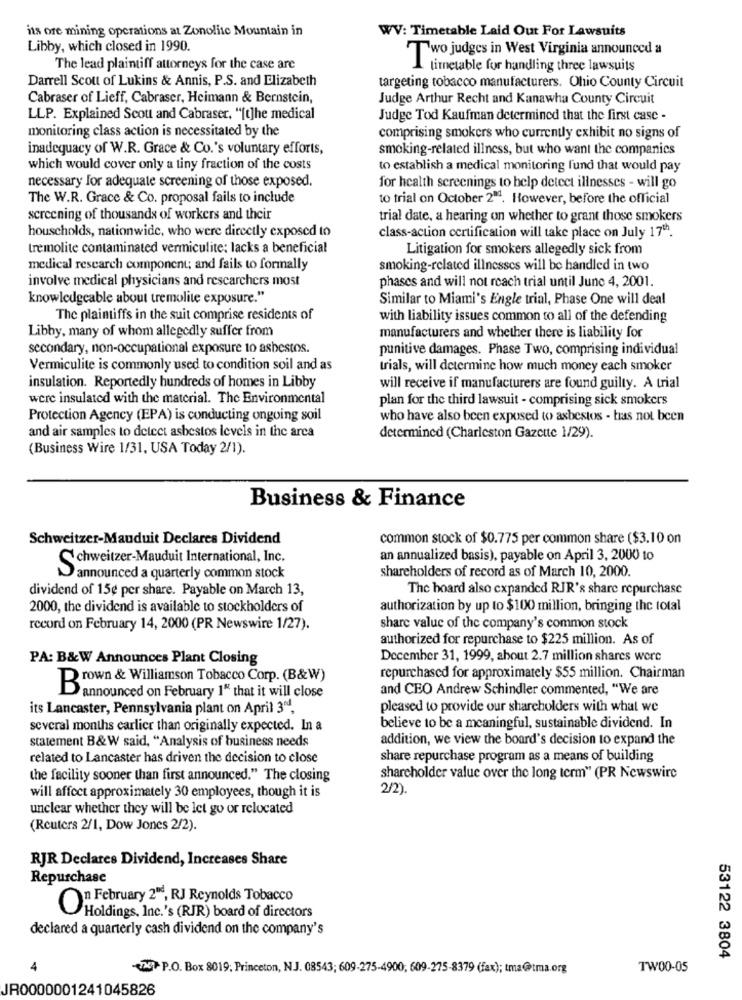
its ore mining operations at Zonolite Mountain in
WV: Timetable Laid Out For Lawsuits
Libby, which closed in 1990.
Two judges in West Virginia announced a
The lead plaintiff attorneys for the case are
timetable for handling three lawsuits
Darrell Scott of Lukins & Annis, P.S. and Elizabeth
targeting tobacco manufacturers. Ohio County Circuit
Cabraser of Lieff, Cabraser, Heimann & Bernstein,
Judge Arthur Recht and Kanawha County Circuit
LLP. Explained Scott and Cabraser, "[t]he medical
Judge Tod Kaufman determined that the first case -
monitoring class action is necessitated by the
comprising smokers who currently exhibit no signs of
inadequacy of W.R. Grace & Co.'s voluntary efforts,
smoking-related illness, but who want the companies
which would cover only a tiny fraction of the costs
to establish a medical monitoring f'und that would pay
necessary for adequate screening of those exposed.
for health screenings to help detect illnesses - will go
The W.R. Grace & Co. proposal fails to include
to trial on October 211. However, before the official
screening of thousands of workers and their
trial date, a hearing on whether to grant those smokers
households, nationwide, who were directly exposed to
class-action certification will take place on July 17"".
tremolite contaminated vermiculite: lacks a beneficial
Litigation for smokers allegedly sick from
medical research component; and fails to formally
smoking-related illnesses will be handled in two
involve medical physicians and researchers most
phases and will not reach trial until June 4, 2001.
knowledgeable about tremolite exposure."
Similar to Miami's Engle trial, Phase One will deal
The plaintiffs in the suit comprise residents of
with liability issues common to all of the defending
Libby, many of whom allegedly suffer from
manufacturers and whether there is liability for
secondary, non-occupational exposure to asbestos.
punitive damages. Phase Two, comprising individual
Vermiculite is commonly used to condition soil and as
trials, will determine how much money each smoker
insulation. Reportedly hundreds of homes in Libby
will receive if manufacturers are found guilty. A trial
were insulated with the material. The Environmental
plan for the third lawsuit - comprising sick smokers
Protection Agency (EPA) is conducting ongoing soil
who have also been exposed to asbestos - has not been
and air samples to detect asbestos levels in the area
determined (Charleston Gazette 1/29).
(Business Wire 1/31, USA Today 2/1).
Business & Finance
Schweitzer-Mauduit Declares Dividend
common stock of $0.775 per common share ($3.10 on
Schweitzer-Mauduit International, Inc.
an annualized basis), payable on April 3, 2000 to
shareholders of record as of March 10, 2000.
announced a quarterly common stock
dividend of 15¢ per share. Payable on March 13,
The board also expanded RJR's share repurchase
2000, the dividend is available to stockholders of
authorization by up to $100 million, bringing the total
record on February 14, 2000 (PR Newswire 1/27).
share value of the company's common stock
authorized for repurchase to $225 million. As of
PA: B&W Announces Plant Closing
December 31, 1999, about 2.7 million shares were
repurchased for approximately $55 million. Chairman
Brown & Williamson Tobacco Corp. (B&W)
and CBO Andrew Schindler commented, "We are
announced on February 1" that it will close
its Lancaster, Pennsylvania plant on April 304.
pleased to provide our shareholders with what we
several months earlier than originally expected. In a
believe to be a meaningful, sustainable dividend. In
statement B&W said, "Analysis of business needs
addition, we view the board's decision to expand the
related to Lancaster has driven the decision to close
share repurchase program as a means of building
the facility sooner than first announced." The closing
shareholder value over the long term" (PR Newswire
2/2).
will affect approximately 30 employees, though it is
unclear whether they will be let go or relocated
(Reuters 2/1, Dow Jones 2/2).
RJR Declares Dividend, Increases Share
Repurchase
On February 2", RJ Reynolds Tobacco
Holdings, Inc.'s (RJR) board of directors
declared a quarterly cash dividend on the company's
53122 3804
(XP P.O. Box 8019; Princeton, N.J. 08543; 609-275-4900, 609-275-8379 (fax); tma@tma.org
TW00-05
JR0000001241045826